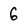
Character: 6